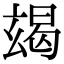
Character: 𤣨